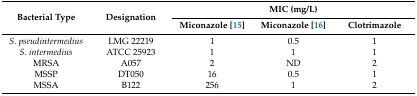
| <ROWSPAN=2> Bacterial Type | <ROWSPAN=2> Designation | <COLSPAN=3> MIC (mg/L) |
 | Miconazole [15] | Miconazole [16] | Clotrimazole |
 | --- | --- | --- | --- | --- |
 | S. pseudintermedius | LMG 22219 | 1 | 0.5 | 1 |
 | S. intermedius | ATCC 25923 | 1 | 1 | 1 |
 | MRSA | A057 | 2 | ND | 2 |
 | MSSP | DT050 | 16 | 0.5 | 1 |
 | MSSA | B122 | 256 | 1 | 2 |